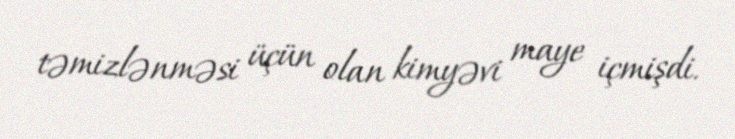
təmizlənməsi üçün olan kimyəvi maye içmişdi.